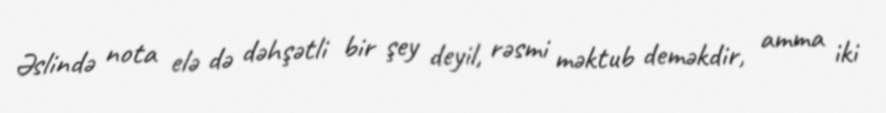
Əslində nota elə də dəhşətli bir şey deyil, rəsmi məktub deməkdir, amma iki